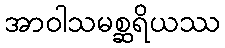
အာဝါသမစ္ဆရိယဿ